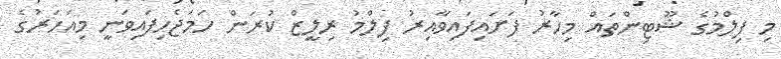
މި ފިލްމުގެ ޝޫޓިންތައް މިހާރު ފަށައިފައިވާއިރު ފިލްމު ރިލީޒް ކުރަން ހަމަޖެހިފައިވަނީ މިއަހަރުގެ